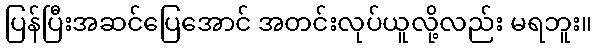
ပြန်ပြီးအဆင်ပြေအောင် အတင်းလုပ်ယူလို့လည်း မရဘူး။